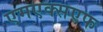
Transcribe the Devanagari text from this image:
एमएक्सएफ